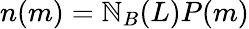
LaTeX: n(m)=\mathbb{N}_{B}(L)P(m)